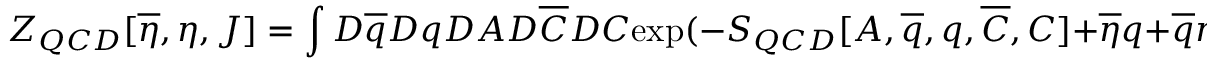
Z _ { Q C D } [ \overline { { { \eta } } } , \eta , J ] = \int { D } \overline { { { q } } } { D } q { D } A { D } \overline { { { C } } } { D } C \mathrm { e x p } ( - S _ { Q C D } [ A , \overline { { { q } } } , q , \overline { { { C } } } , C ] + \overline { { { \eta } } } q + \overline { { { q } } } \eta + J A ) .